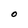
Character: O